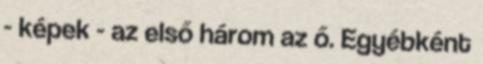
- képek - az első három az ő. Egyébként